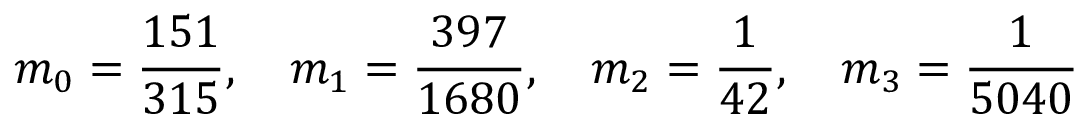
m _ { 0 } = \frac { 1 5 1 } { 3 1 5 } , \quad m _ { 1 } = \frac { 3 9 7 } { 1 6 8 0 } , \quad m _ { 2 } = \frac { 1 } { 4 2 } , \quad m _ { 3 } = \frac { 1 } { 5 0 4 0 }